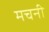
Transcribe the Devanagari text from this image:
मचनी